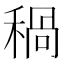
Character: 𥠁